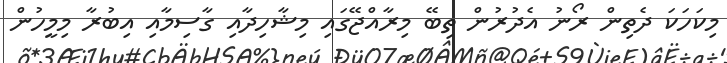
މިކަހަކަ ދެތިން ރޯނު އެދުރުން ތިބޭ މިރާއްޖޭގައި މިޝާހިދާއި ގާސިމާއި އިބުރާ މިމީހުން